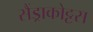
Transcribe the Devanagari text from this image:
सैंड्राकोट्टस